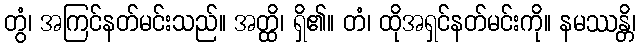
တွံ၊ အကြင်နတ်မင်းသည်။ အတ္ထိ၊ ရှိ၏။ တံ၊ ထိုအရှင်နတ်မင်းကို။ နမဿန္တိ၊